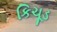
કિચૂડ